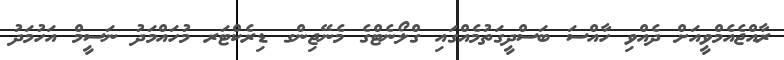
ރާއްޖެއެމްވީއަށް ދެއްވި ހާއްސަ ބަސްދީގަތުމެއްގައި ގްލޯނެޓްގެ މެނޭޖިންގ ޑިރެކްޓަރ މުހައްމަދު ނަސީމް އަހުމަދު